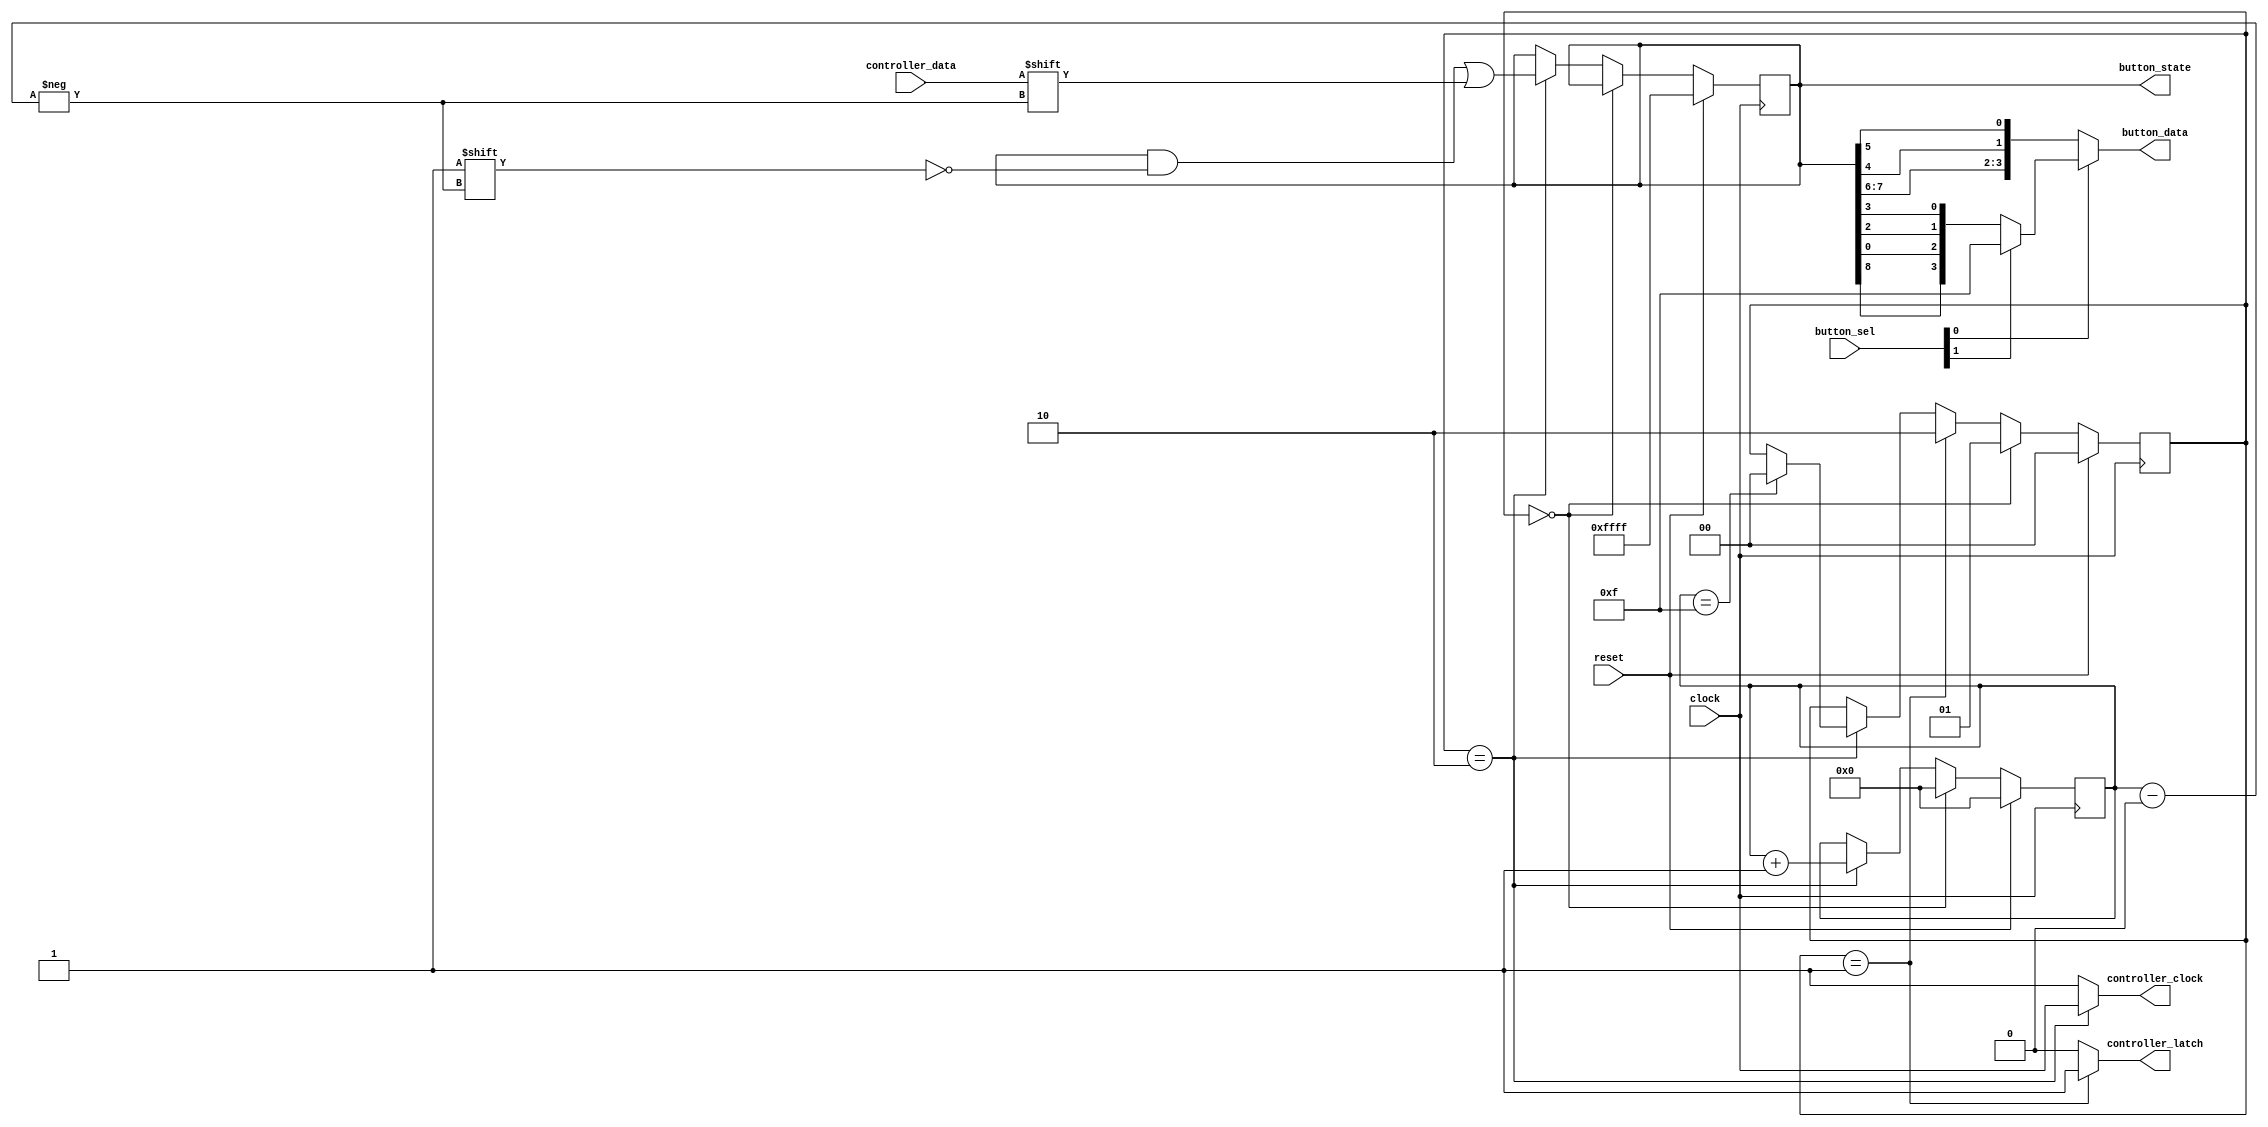
module joypad_snes_adapter(
  input  wire        clock,
  input  wire        reset,
  input  wire  [1:0] button_sel,
  output wire  [3:0] button_data,
  output reg  [15:0] button_state,
  input  wire        controller_data,
  output wire        controller_latch,
  output wire        controller_clock
);
  parameter WAIT_STATE = 0;
  parameter LATCH_STATE = 1;
  parameter READ_STATE = 2;
  reg   [1:0] state;
  reg   [3:0] button_index;
  always @(posedge clock) begin
    if (reset)
      state <= WAIT_STATE;
    else begin
      if (state == WAIT_STATE)
        state <= LATCH_STATE;
      else if (state == LATCH_STATE)
        state <= READ_STATE;
      else if (state == READ_STATE) begin
        if (button_index == 15)
          state <= WAIT_STATE;
      end
    end
  end
  always @(negedge clock) begin
    if (reset) begin
      button_index <= 4'b0;
      button_state <= 16'hFFFF;
    end else begin
      if (state == WAIT_STATE)
        button_index <= 4'b0;
      else if (state == READ_STATE) begin
        button_state[button_index] <= controller_data;
        button_index <= button_index + 1;
      end
    end
  end
  assign controller_latch = (state == LATCH_STATE) ? 1'b1 : 1'b0;
  assign controller_clock = (state == READ_STATE) ? clock : 1'b1;
  assign button_data =
    button_sel[0] == 1'b0 ? { button_state[7], button_state[6], button_state[4], button_state[5] } :
    button_sel[1] == 1'b0 ? { button_state[8], button_state[0], button_state[2], button_state[3] } : 4'b1111;
endmodule